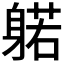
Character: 𰹃